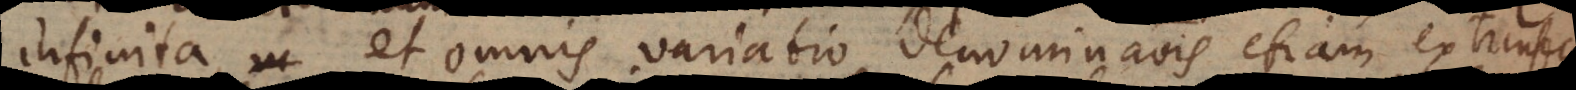
infinita, et omnis variatio denominationis etiam extrinsecae